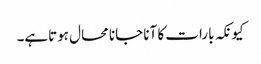
کیونکہ بارات کا آنا جانا محال ہوتاہے۔